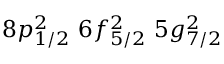
8 p _ { 1 / 2 } ^ { 2 } \, \, 6 f _ { 5 / 2 } ^ { 2 } \, \, 5 g _ { 7 / 2 } ^ { 2 }